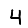
Digit: 4